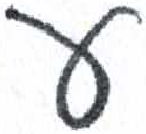
אות: ע